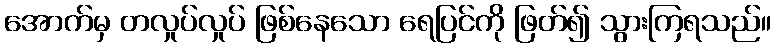
အောက်မှ တလှုပ်လှုပ် ဖြစ်နေသော ရေပြင်ကို ဖြတ်၍ သွားကြရသည်။